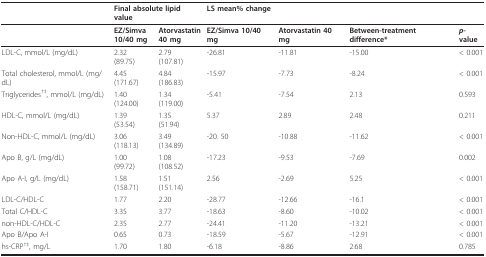
<table><thead><tr><td></td><td colspan="2"><b>Final absolute lipid value</b></td><td colspan="2"><b>LS mean% change</b></td><td></td><td></td></tr></thead><tbody><tr><td></td><td><b>EZ/Simva</b><b>10/40 mg</b></td><td><b>Atorvastatin</b><b>40 mg</b></td><td><b>EZ/Simva 10/40 mg</b></td><td><b>Atorvastatin 40 mg</b></td><td><b>Between-treatment difference*</b></td><td><b><i>p</i>-value</b></td></tr><tr><td>LDL-C, mmol/L (mg/dL)</td><td>2.32(89.75)</td><td>2.79(107.81)</td><td>-26.81</td><td>-11.81</td><td>-15.00</td><td>&lt; 0.001</td></tr><tr><td>Total cholesterol, mmol/L (mg/dL)</td><td>4.45 (171.67)</td><td>4.84(186.83)</td><td>-15.97</td><td>-7.73</td><td>-8.24</td><td>&lt; 0.001</td></tr><tr><td>Triglycerides<sup>†‡</sup>, mmol/L (mg/dL)</td><td>1.40 (124.00)</td><td>1.34(119.00)</td><td>-5.41</td><td>-7.54</td><td>2.13</td><td>0.593</td></tr><tr><td>HDL-C, mmol/L (mg/dL)</td><td>1.39(53.54)</td><td>1.35(51.94)</td><td>5.37</td><td>2.89</td><td>2.48</td><td>0.211</td></tr><tr><td>Non-HDL-C, mmol/L (mg/dL)</td><td>3.06(118.13)</td><td>3.49(134.89)</td><td>-20. 50</td><td>-10.88</td><td>-11.62</td><td>&lt; 0.001</td></tr><tr><td>Apo B, g/L (mg/dL)</td><td>1.00(99.72)</td><td>1.08(108.52)</td><td>-17.23</td><td>-9.53</td><td>-7.69</td><td>0.002</td></tr><tr><td>Apo A-I, g/L (mg/dL)</td><td>1.58(158.71)</td><td>1.51(151.14)</td><td>2.56</td><td>-2.69</td><td>5.25</td><td>&lt; 0.001</td></tr><tr><td>LDL-C/HDL-C</td><td>1.77</td><td>2.20</td><td>-28.77</td><td>-12.66</td><td>-16.1</td><td>&lt; 0.001</td></tr><tr><td>Total C/HDL-C</td><td>3.35</td><td>3.77</td><td>-18.63</td><td>-8.60</td><td>-10.02</td><td>&lt; 0.001</td></tr><tr><td>non-HDL-C/HDL-C</td><td>2.35</td><td>2.77</td><td>-24.41</td><td>-11.20</td><td>-13.21</td><td>&lt; 0.001</td></tr><tr><td>Apo B/Apo A-I</td><td>0.65</td><td>0.73</td><td>-18.59</td><td>-5.67</td><td>-12.91</td><td>&lt; 0.001</td></tr><tr><td>hs-CRP<sup>†‡</sup>, mg/L</td><td>1.70</td><td>1.80</td><td>-6.18</td><td>-8.86</td><td>2.68</td><td>0.785</td></tr></tbody></table>